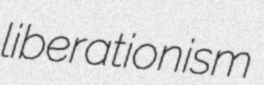
liberationism